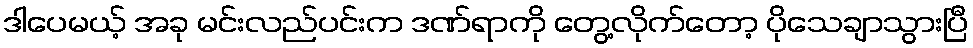
ဒါပေမယ့် အခု မင်းလည်ပင်းက ဒဏ်ရာကို တွေ့လိုက်တော့ ပိုသေချာသွားပြီ